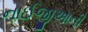
નાઈજીઆની